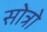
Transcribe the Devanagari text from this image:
सोत्रो